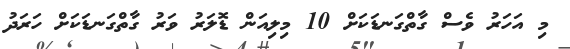
މި އަހަރު ވެސް ގާތްގަނޑަކަށް 10 މިލިއަން ޑޮލަރު ވަރު ގާތްގަނޑަކަށް ހަރަދު